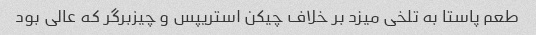
طعم پاستا به تلخی میزد بر خلاف چیکن استریپس و چیزبرگر که عالی بود